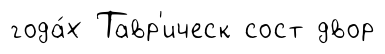
года́х Тавр'ическ сост двор